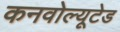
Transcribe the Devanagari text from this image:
कनवोल्यूटेड